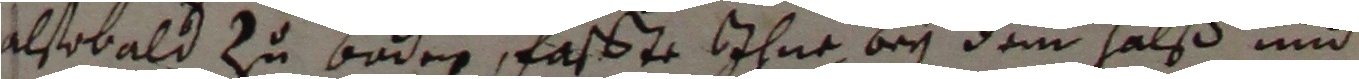
alsobald zu Baden, fasßte ihne bey dem halß und